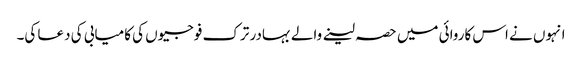
انہوں نے اس کاروائی میں حصہ لینے والے بہادر ترک فوجیوں کی کامیابی کی دعا کی۔